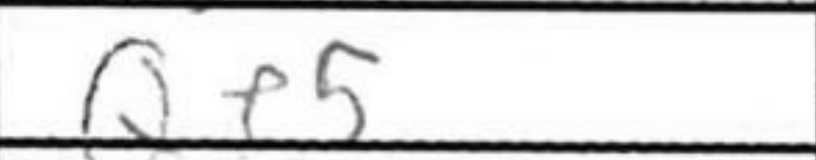
Transcription: Qe5